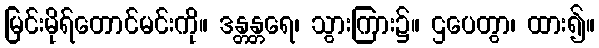
မြင်းမိုရ်တောင်မင်းကို။ ဒန္တန္တရေ၊ သွားကြား၌။ ဌပေတွာ၊ ထား၍။